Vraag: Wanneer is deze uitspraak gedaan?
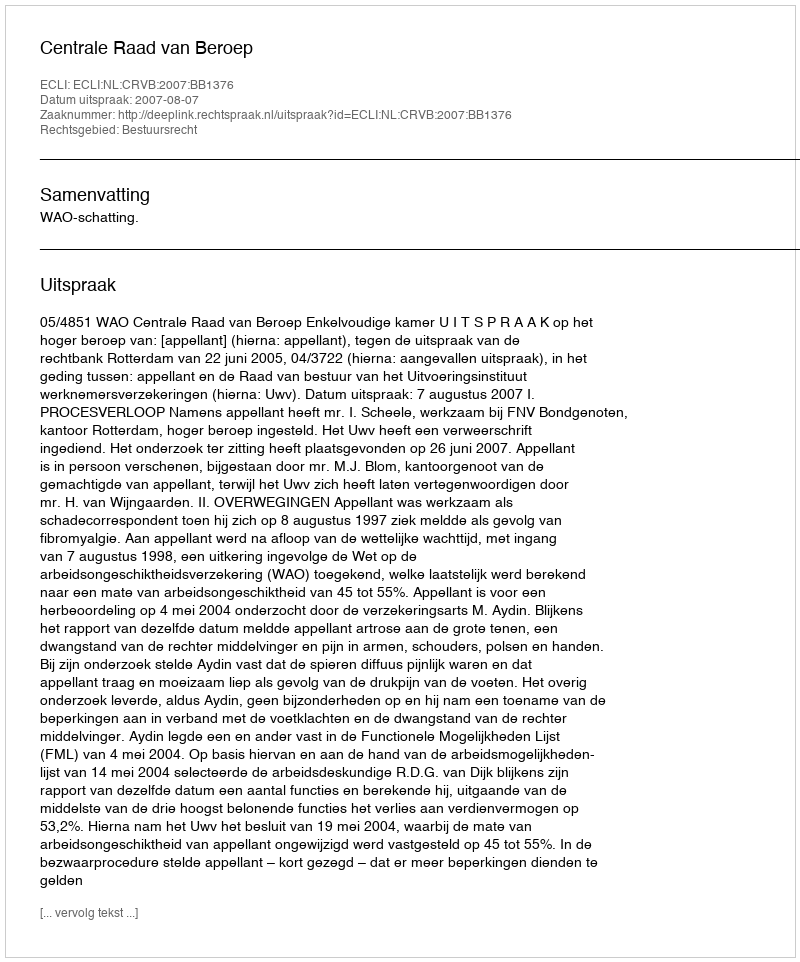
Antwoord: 2007-08-07